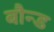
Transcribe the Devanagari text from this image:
बौन्ड